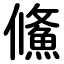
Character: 鯈